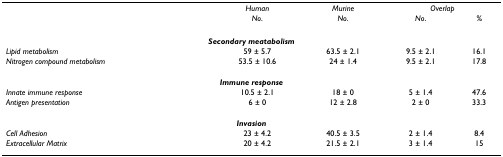
<table><thead><tr><td></td><td><b><i>Human</i></b></td><td><b><i>Murine</i></b></td><td colspan="2"><b><i>Overlap</i></b></td></tr><tr><td></td><td><b><i>No</i>.</b></td><td><b><i>No</i>.</b></td><td><b><i>No</i>.</b></td><td><b><i>%</i></b></td></tr></thead><tbody><tr><td colspan="5"><b><i>Secondary meatabolism</i></b></td></tr><tr><td><i>Lipid metabolism</i></td><td>59 ± 5.7</td><td>63.5 ± 2.1</td><td>9.5 ± 2.1</td><td>16.1</td></tr><tr><td><i>Nitrogen compound metabolism</i></td><td>53.5 ± 10.6</td><td>24 ± 1.4</td><td>9.5 ± 2.1</td><td>17.8</td></tr><tr><td colspan="5"><b><i>Immune response</i></b></td></tr><tr><td><i>Innate immune response</i></td><td>10.5 ± 2.1</td><td>18 ± 0</td><td>5 ± 1.4</td><td>47.6</td></tr><tr><td><i>Antigen presentation</i></td><td>6 ± 0</td><td>12 ± 2.8</td><td>2 ± 0</td><td>33.3</td></tr><tr><td colspan="5"><b><i>Invasion</i></b></td></tr><tr><td><i>Cell Adhesion</i></td><td>23 ± 4.2</td><td>40.5 ± 3.5</td><td>2 ± 1.4</td><td>8.4</td></tr><tr><td><i>Extracellular Matrix</i></td><td>20 ± 4.2</td><td>21.5 ± 2.1</td><td>3 ± 1.4</td><td>15</td></tr></tbody></table>